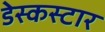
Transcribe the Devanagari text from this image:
डेस्कस्टार